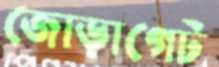
জোড়াগেট